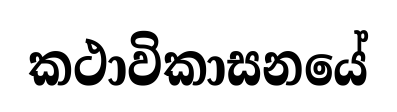
කථාවිකාසනයේ